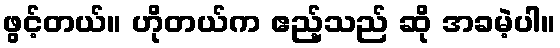
ဖွင့်တယ်။ ဟိုတယ်က ဧည့်သည် ဆို အခမဲ့ပါ။